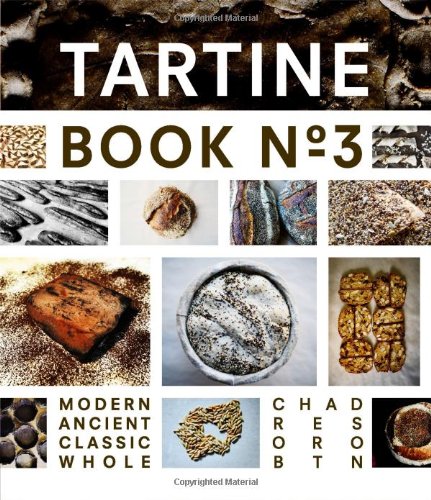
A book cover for Tartine Book No. 3: Modern Ancient Classic Whole; Chad Robertson; Cookbooks, Food & Wine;